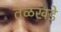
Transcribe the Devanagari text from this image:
तळखडे